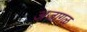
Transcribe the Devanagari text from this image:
अजागळ